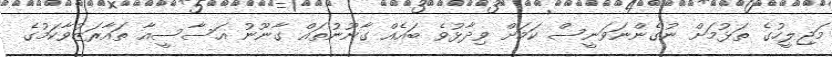
މަޖިލީހުގެ ތަޅުމަށް ނުގެންނަވަނީސް ކަމަށް ވިދާޅުވެ ބައެއް ގާނޫނުތައް ގާނޫނު އަސާސީއާ ތައާރަޒުވާކަމުގެ